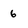
Character: 6